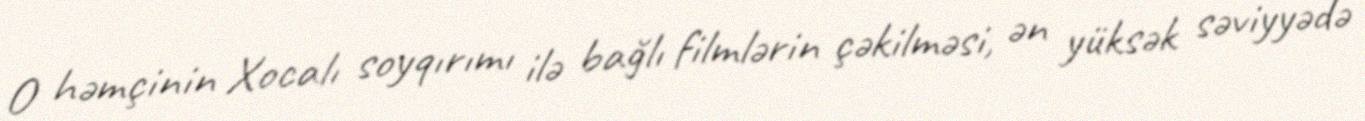
O həmçinin Xocalı soyqırımı ilə bağlı filmlərin çəkilməsi, ən yüksək səviyyədə